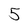
Character: 5